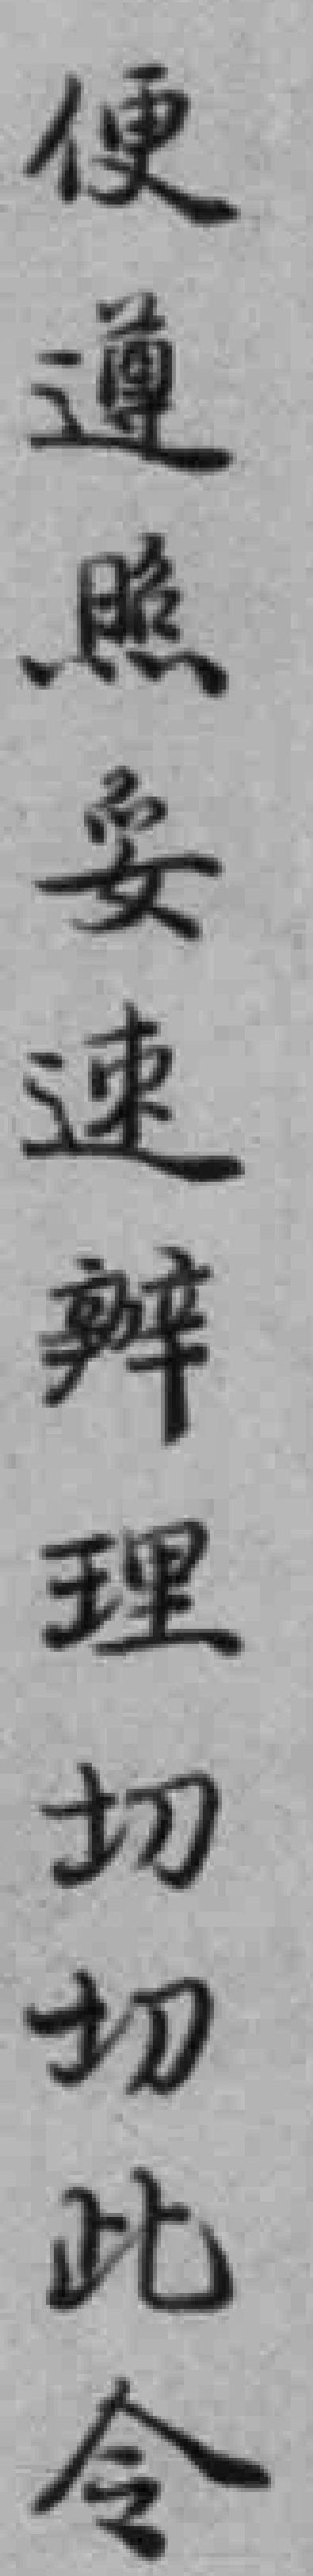
便遵照妥速辦理切切此令